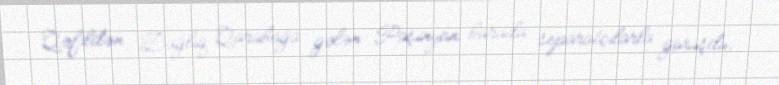
Qəfildən Dağlıq Qarabağa gələn Paşinyan burada separatçılarla görüşdü,